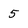
Character: 5